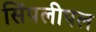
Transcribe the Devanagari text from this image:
सिंपलीपल